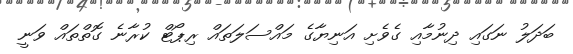
ބަދަލު ނަގައި ދިނުމާއި ގެވެށި އަނިޔާގެ މައްސަލަތައް ރިޕޯޓް ކުރާނެ ގޮތްތައް ވަނީ